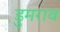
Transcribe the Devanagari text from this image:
डुमराव